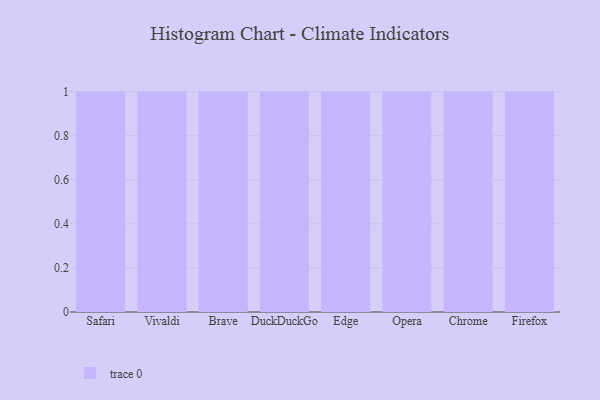
{"axis": {"x": "Browser", "y": "Waste Production (Tons)"}, "legend": [""], "data": [{"x": "Safari", "y": 95, "type": ""}, {"x": "Vivaldi", "y": 53, "type": ""}, {"x": "Brave", "y": 54, "type": ""}, {"x": "DuckDuckGo", "y": 80, "type": ""}, {"x": "Edge", "y": 54, "type": ""}, {"x": "Opera", "y": 44, "type": ""}, {"x": "Chrome", "y": 82, "type": ""}, {"x": "Firefox", "y": 60, "type": ""}]}